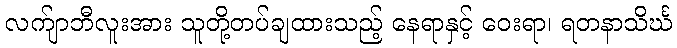
လက်ျာဘီလူးအား သူတို့တပ်ချထားသည့် နေရာနှင့် ဝေးရာ၊ ရတနာသိင်္ဃ